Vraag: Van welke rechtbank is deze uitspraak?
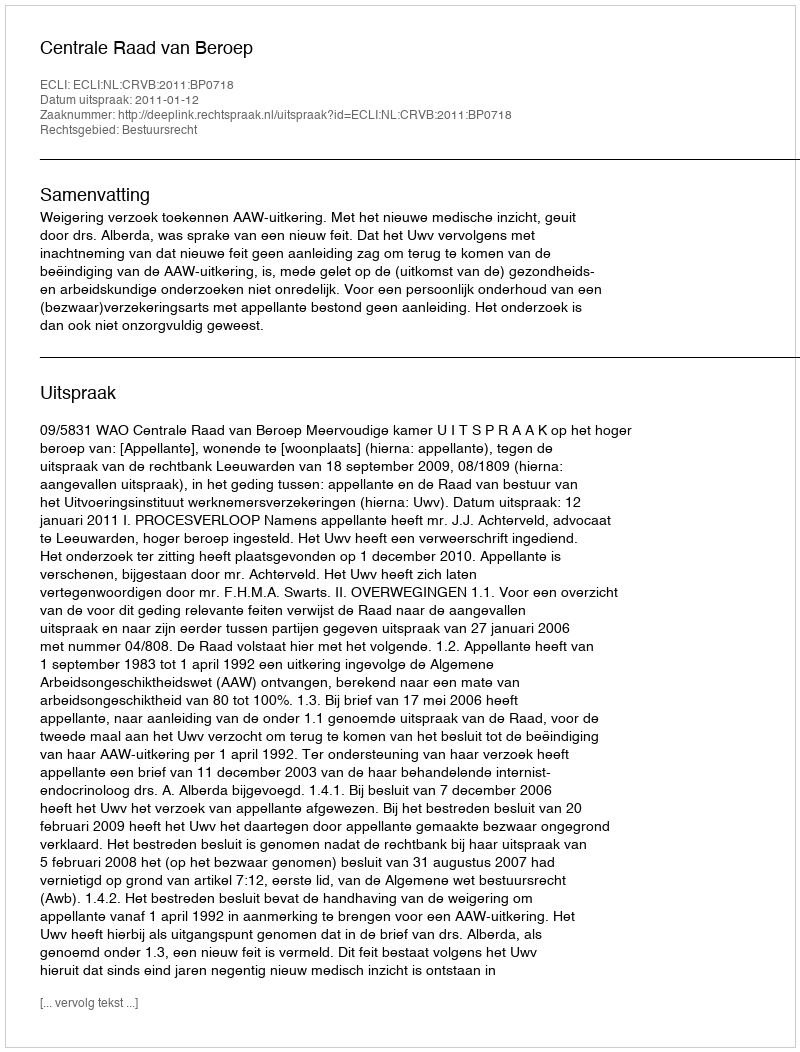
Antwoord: Centrale Raad van Beroep